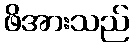
ဖိအားသည်